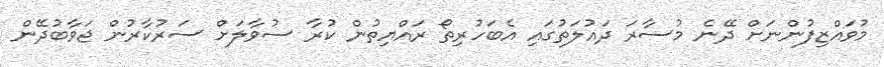
މުވައްޒިފުންނަށް ދޭނެ މުސާރަ ދައުލަތުގައި އެބަހުރިތޯ ރައްޔިތުން ކުރާ ސުވާލަށް ސަރުކާރުން ޖަވާބުދޭން